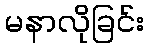
မနာလိုခြင်း